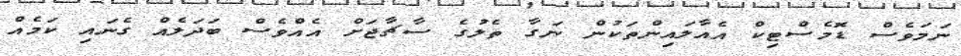
ނަމަވެސް ޑޮމެސްޓިކް އެއާލައިންތަކުން ނަގާ ތެލުގެ ސާޗާޖަށް އެއްވެސް ބަދަލެއް ގެނައި ކަމެއް